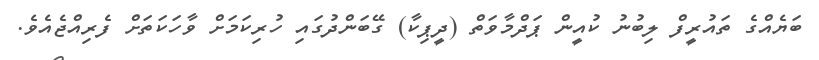
ބަޔެއްގެ ތައުރީފް ލިބުނު ކުއީން ޕަދްމާވަތް (ދީޕިކާ) ގޭބަންދުގައި ހުރިކަމަށް ވާހަކަތަށް ފެރިއްޖެއެވެ.